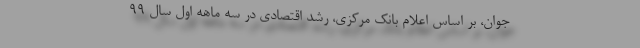
جوان، بر اساس اعلام بانک مرکزی، رشد اقتصادی در سه ماهه اول سال ٩٩